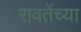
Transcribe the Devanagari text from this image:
रावतेंच्या